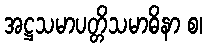
အဋ္ဌသမာပတ္တိသမာဓိနာ စ၊